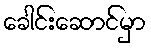
ခေါင်းဆောင်မှာ